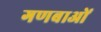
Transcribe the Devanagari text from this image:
गणबाओं